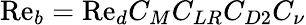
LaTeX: \mathrm{Re}_{b}=\mathrm{Re}_{d}C_{M}C_{LR}C_{D2}C_{\nu}